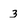
Character: 3